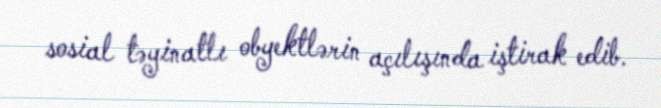
sosial təyinatlı obyektlərin açılışında iştirak edib.